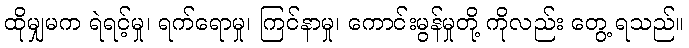
ထိုမျှမက ရဲရင့်မှု၊ ရက်ရောမှု၊ ကြင်နာမှု၊ ကောင်းမွန်မှုတို့ ကိုလည်း တွေ့ ရသည်။